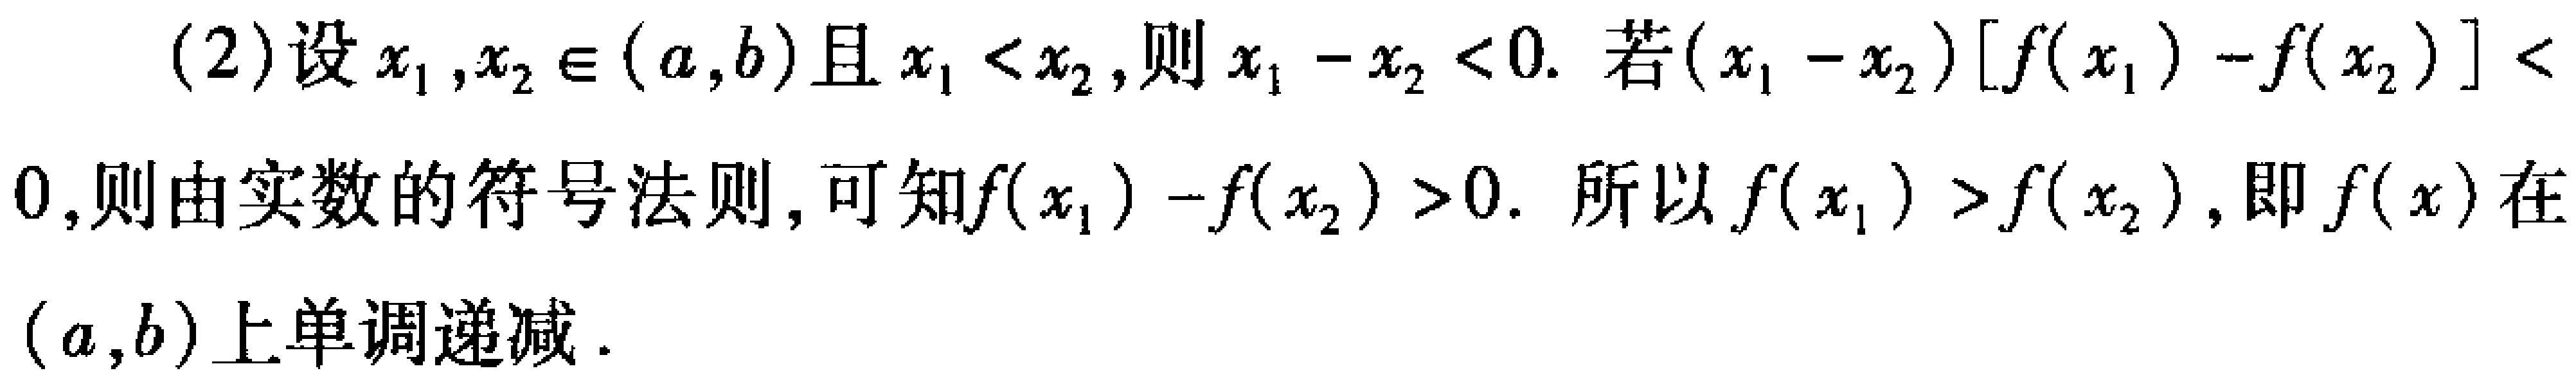
(2)设\(x_{1},x_{2}\in(a,b)\)且\(x_{1}<x_{2}\),则\(x_{1}-x_{2}<0\). 若\((x_{1}-x_{2})[f(x_{1}) - f(x_{2})]<0\),则由实数的符号法则, 可知\(f(x_{1}) - f(x_{2})>0\). 所以\(f(x_{1})>f(x_{2})\), 即\(f(x)\)在\((a,b)\)上单调递减.